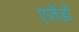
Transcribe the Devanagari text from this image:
एजेंडो